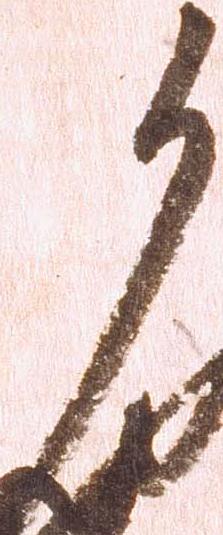
候